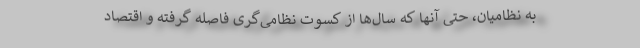
به نظامیان، حتی آنها که سال‌ها از کسوت نظامی‌گری فاصله گرفته و اقتصاد